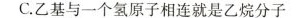
C.乙基与一个氢原子相连就是乙烷分子